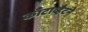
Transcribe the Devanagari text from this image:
काँटाव्हैटने